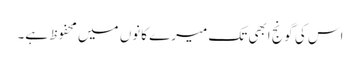
اس کی گونج ابھی تک میرے کانوں میں محفوظ ہے۔